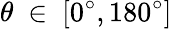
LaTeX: \theta~\in~[0^{\circ},180^{\circ}]